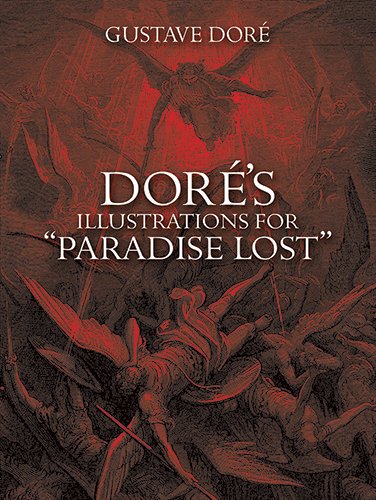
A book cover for Dore's Illustrations for "Paradise Lost" (Dover Pictorial Archives); Gustave DorÃ©; Arts & Photography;